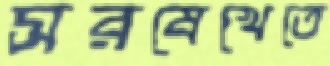
সরষেখেতে